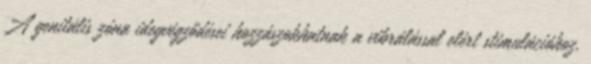
A genitális zóna idegvégződései hozzászokhatnak a vibrálással elért stimulációhoz,